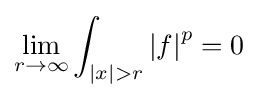
\lim _{r\to \infty }\int _{|x|>r}\left|f\right|^{p}=0